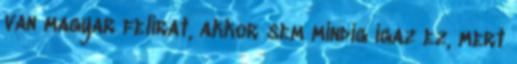
van magyar felirat, akkor sem mindig igaz ez, mert